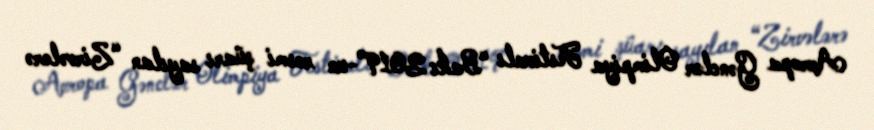
Avropa Gənclər Olimpiya Festivalı “Bakı 2019”-un rəsmi şüarı sayılan “Zirvələrə